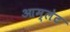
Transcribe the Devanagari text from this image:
आम्‍लेट